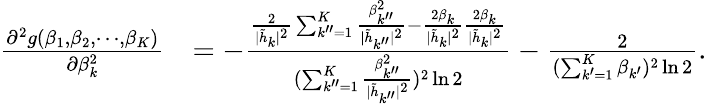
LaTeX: \begin{array}{rl}{\frac{\partial^{2}g(\beta_{1},\beta_{2},\cdots,\beta_{K})}{\partial\beta_{k}^{2}}}&{=-\frac{\frac{2}{|\tilde{h}_{k}|^{2}}\sum_{k^{\prime\prime}=1}^{K}\frac{\beta_{k^{\prime\prime}}^{2}}{|\tilde{h}_{k^{\prime\prime}}|^{2}}-\frac{2\beta_{k}}{|\tilde{h}_{k}|^{2}}\frac{2\beta_{k}}{|\tilde{h}_{k}|^{2}}}{(\sum_{k^{\prime\prime}=1}^{K}\frac{\beta_{k^{\prime\prime}}^{2}}{|\tilde{h}_{k^{\prime\prime}}|^{2}})^{2}\ln 2}-\frac{2}{(\sum_{k^{\prime}=1}^{K}\beta_{k^{\prime}})^{2}\ln 2}.}\end{array}